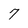
Character: 7